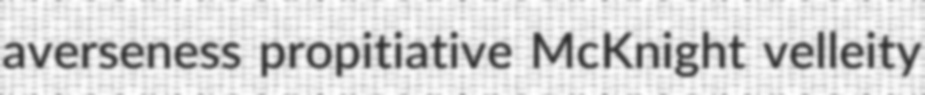
averseness propitiative McKnight velleity